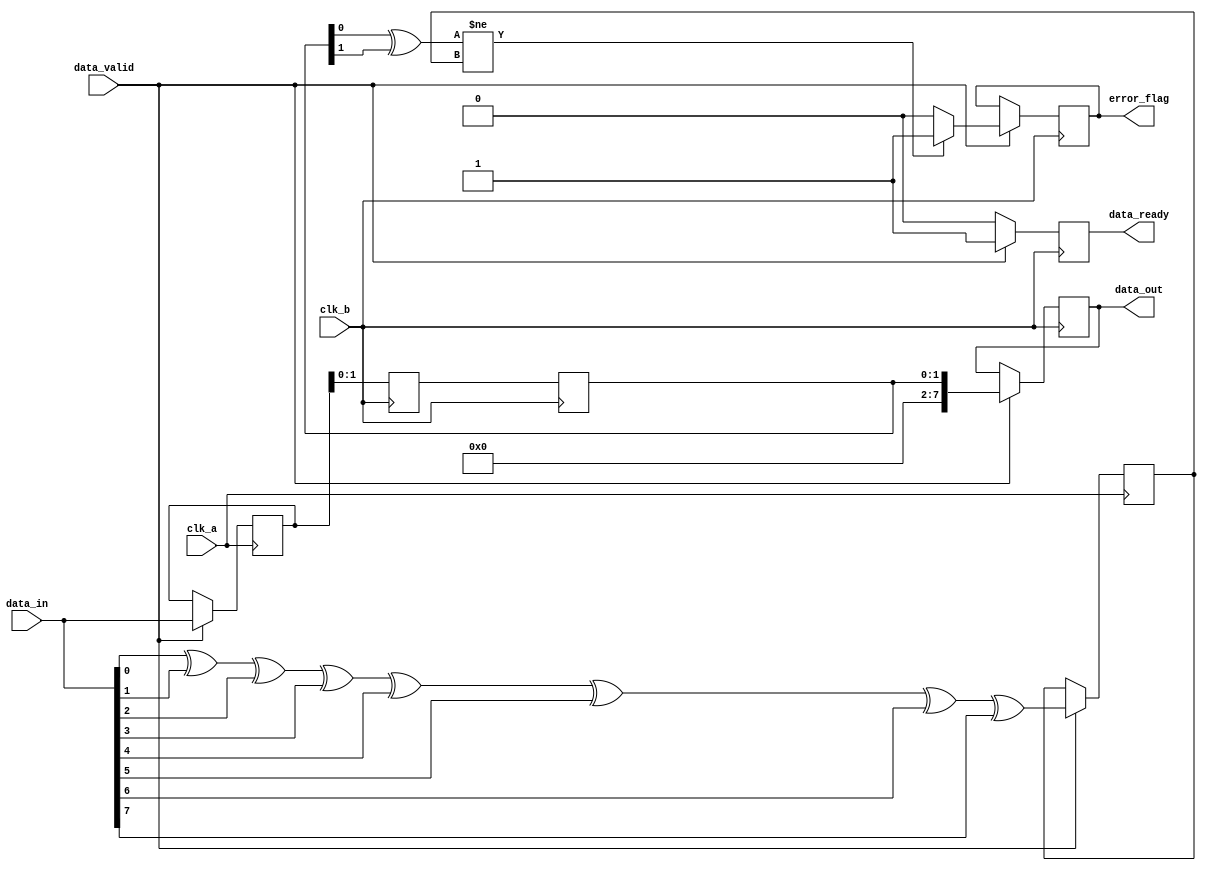
module cdc_with_error_detection #(
    parameter DATA_WIDTH = 8
)(
    input wire clk_a,                // Clock for Domain A
    input wire clk_b,                // Clock for Domain B
    input wire [DATA_WIDTH-1:0] data_in, // Data input from Domain A
    input wire data_valid,           // Indicates data is valid in Domain A
    output reg [DATA_WIDTH-1:0] data_out, // Synchronized data output in Domain B
    output reg error_flag,           // Error detection flag
    output reg data_ready            // Indicates data is ready in Domain B
);

    // Internal signals
    reg [DATA_WIDTH-1:0] data_buffer;
    reg parity_bit;
    reg [1:0] sync_ff [1:0]; // Synchronization flip-flops

    // Parity calculation
    function parity;
        input [DATA_WIDTH-1:0] data;
        integer i;
        begin
            parity = 0;
            for (i = 0; i < DATA_WIDTH; i = i + 1) begin
                parity = parity ^ data[i];
            end
        end
    endfunction

    // Capture data in Domain A
    always @(posedge clk_a) begin
        if (data_valid) begin
            data_buffer <= data_in;
            parity_bit <= parity(data_in);
        end
    end

    // Synchronization to Domain B
    always @(posedge clk_b) begin
        // Synchronize data
        sync_ff[0] <= data_buffer;
        sync_ff[1] <= sync_ff[0];

        // Check for data validity
        if (data_valid) begin
            data_out <= sync_ff[1];
            data_ready <= 1'b1;
            // Check for parity error
            if (parity(sync_ff[1]) != parity_bit) begin
                error_flag <= 1'b1; // Error detected
            end else begin
                error_flag <= 1'b0; // No error
            end
        end else begin
            data_ready <= 1'b0; // No valid data
        end
    end

endmodule